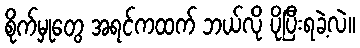
စိုက်မှုတွေ အရင်ကထက် ဘယ်လို ပိုပြီးရခဲ့လဲ။